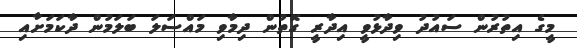
މީގެ އިތުރުން ސައުދު ވިދާޅުވީ އިދާރީ ގޮތުން ދިމާވި މައްސަލަ ބަލަމުން ދާކަމަށާއި